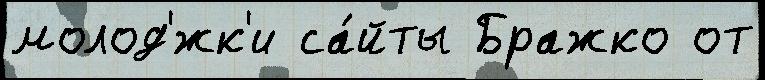
молод'́жк'и са́йты Бражко от